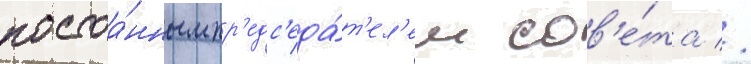
постоа́нным пр'едс'еда́т'ел'ем сов'е́та //